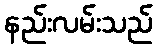
နည်းလမ်းသည်